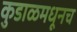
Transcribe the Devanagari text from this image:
कुडाळमधूनच